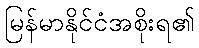
မြန်မာနိုင်ငံအစိုးရ၏